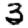
Digit: 3